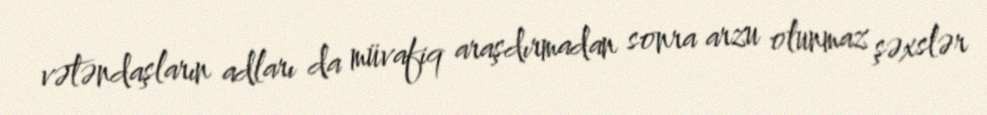
vətəndaşların adları da müvafiq araşdırmadan sonra arzu olunmaz şəxslər